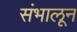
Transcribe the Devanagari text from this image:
संभालून